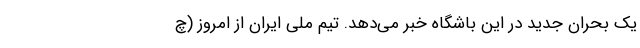
یک بحران جدید در این باشگاه خبر می‌دهد. تیم ملی ایران از امروز (چ